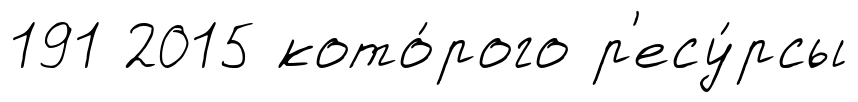
191 2015 кото́рого р'есу́рсы